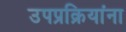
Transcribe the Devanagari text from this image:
उपप्रक्रियांना